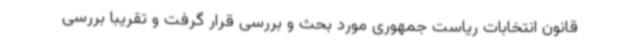
قانون انتخابات ریاست جمهوری مورد بحث و بررسی قرار گرفت و تقریبا بررسی